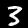
Label: 3